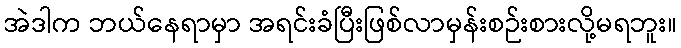
အဲဒါက ဘယ်နေရာမှာ အရင်းခံပြီးဖြစ်လာမှန်းစဉ်းစားလို့မရဘူး။